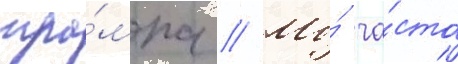
тра́мпа // Мы́ ча́сто